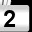
Digit: 2